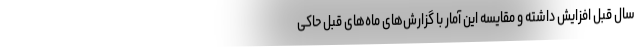
سال قبل افزایش داشته و مقایسه این آمار با گزارش‌های ماه‌های قبل حاکی